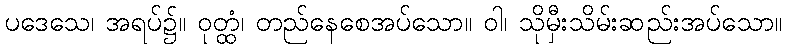
ပဒေသေ၊ အရပ်၌။ ဝုတ္ထံ၊ တည်နေစေအပ်သော။ ဝါ၊ သိုမှီးသိမ်းဆည်းအပ်သော။